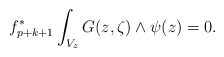
\begin{align*}f_{p+k+1}^*\int_{V_z} G(z,\zeta)\wedge \psi(z)=0.\end{align*}